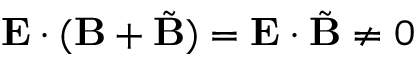
\mathbf { E } \cdot ( \mathbf { B } + \tilde { \mathbf { B } } ) = \mathbf { E } \cdot \tilde { \mathbf { B } } \neq 0